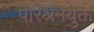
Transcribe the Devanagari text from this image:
परिश्रमयुक्त